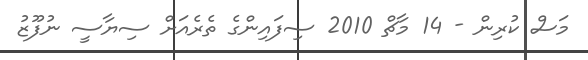
މަސް ކުރިން - 14 މާޗް 2010 ސިފައިންގެ ތެރެއަށް ސިޔާސީ ނުފޫޒު